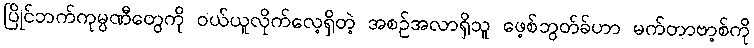
ပြိုင်ဘက်ကုမ္ပဏီတွေကို ဝယ်ယူလိုက်လေ့ရှိတဲ့ အစဉ်အလာရှိသူ ဖေ့စ်ဘွတ်ခ်ဟာ မက်တာဗာ့စ်ကို